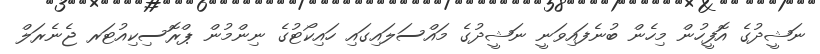
ނަޝީދުގެ އޮފީހުން މިހެން ބުނެފައިވަނީ ނަޝީދުގެ މައްސަލައިގައި ހައިކޯޓުގެ ނިންމުން ޕްރޮސިކިއުޓަރ ޖެނެރަލް